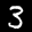
Label: 3